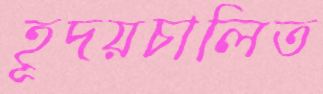
হূদয়চালিত